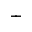
+